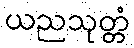
ယညသုတ္တံ